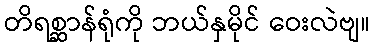
တိရစ္ဆာန်ရုံကို ဘယ်နှမိုင် ဝေးလဲဗျ။